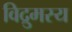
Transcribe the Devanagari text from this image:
विद्रुमस्य